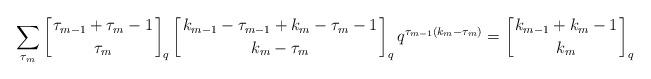
LaTeX: \begin{align*}\sum_{\tau_m}\left[{\tau_{m-1}+\tau_m-1 \atop \tau_m}\right]_q\left[{k_{m-1}-\tau_{m-1}+k_m-\tau_m-1 \atop k_m-\tau_m}\right]_qq^{\tau_{m-1}(k_m-\tau_m)}=\left[{k_{m-1}+k_m-1 \atop k_m}\right]_q\end{align*}